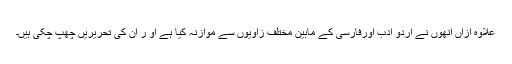
علاوہ ازاں انھوں نے اردو ادب اورفارسی کے مابین مختلف زاویوں سے موازنہ کیا ہے او ر ان کی تحریریں چھپ چکی ہیں۔